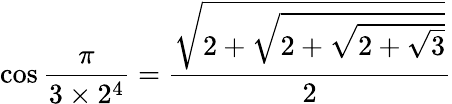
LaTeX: \cos{\frac{\pi}{3\times 2^{4}}}={\frac{\sqrt{2+{\sqrt{2+{\sqrt{2+{\sqrt{3}}}}}}}}{2}}